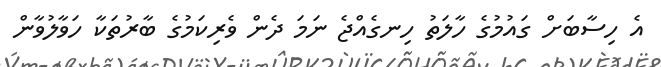
އެ ހިސާބަށް ގައުމުގެ ހާލަތު ހިނގެއްޖެ ނަމަ ދެން ވެރިކަމުގެ ބާރުތަކާ ހަވާލުވާން